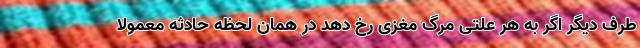
طرف دیگر اگر به هر علتی مرگ مغزی رخ دهد در همان لحظه حادثه معمولا